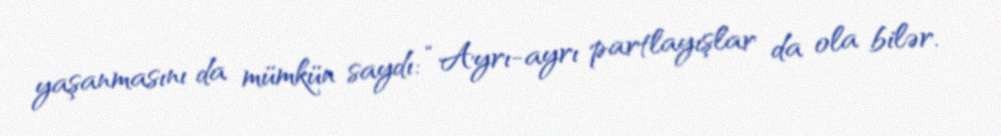
yaşanmasını da mümkün saydı: “Ayrı-ayrı partlayışlar da ola bilər.